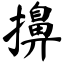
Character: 擤